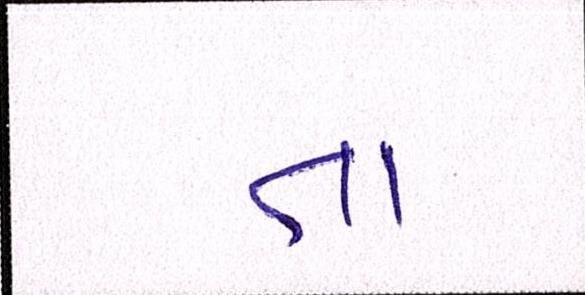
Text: તા